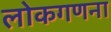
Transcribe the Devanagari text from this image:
लोकगणना